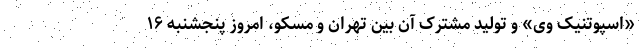
«اسپوتنیک وی» و تولید مشترک آن بین تهران و مسکو، امروز پنجشنبه ۱۶